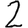
Digit: 2